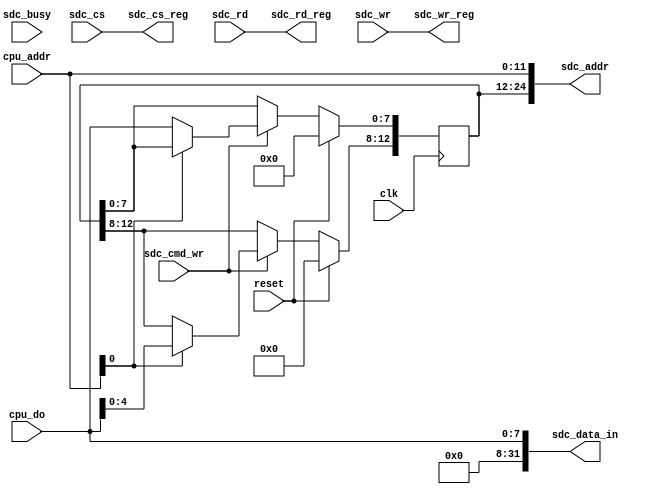
`timescale 1ns / 1ps
//////////////////////////////////////////////////////////////////////////////////
// Company: 
// Engineer: 
// 
// Design Name: 
// Module Name:    mmu 
// Project Name: 
// Target Devices: 
// Tool versions: 
// Description: 
//
// Dependencies: 
//
// Revision: 
// Revision 0.01 - File Created
// Additional Comments: 
//
//////////////////////////////////////////////////////////////////////////////////
module mmu(
    input clk,
    input reset,
    input [7:0] cpu_do,
    input sdc_cmd_wr,
    input [11:0] cpu_addr,
    output [24:0] sdc_addr,
    output [31:0] sdc_data_in,
	 input sdc_cs,
	 input sdc_rd,
	 input sdc_wr,
	 output sdc_cs_reg,
	 output sdc_rd_reg,
	 output sdc_wr_reg,
	 input sdc_busy
);

reg [12:0] top;

always @(posedge clk)
	begin

		if (reset == 1)
				top <= 0;
		else
			if (sdc_cmd_wr)
				begin
					if (cpu_addr[0] == 0)
						top[7:0] <= cpu_do[7:0];
					else
						top[12:8] <= cpu_do[4:0];
				end
	end

assign sdc_cs_reg = sdc_cs;
assign sdc_rd_reg = sdc_rd;
assign sdc_wr_reg = sdc_wr;
assign sdc_addr[11:0] = cpu_addr[11:0];
assign sdc_addr[24:12] = top[12:0];
assign sdc_data_in[7:0] = cpu_do[7:0];
assign sdc_data_in[31:8] = 0;

endmodule